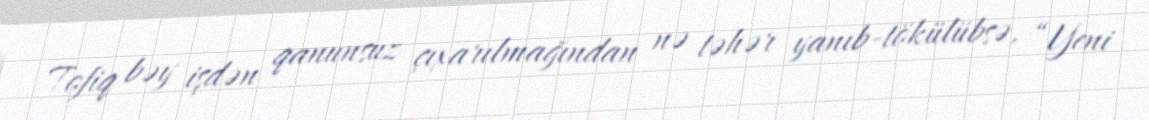
Tofiq bəy işdən qanunsuz çıxarılmağından nə təhər yanıb-tökülübsə, “Yeni